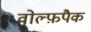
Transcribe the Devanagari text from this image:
वोल्फ़पैक